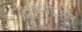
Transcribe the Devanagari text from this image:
वेंट्रोमीडिअल